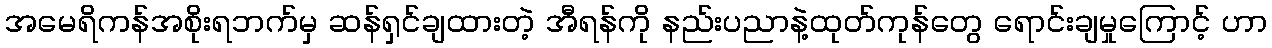
အမေရိကန်အစိုးရဘက်မှ ဆန်ရှင်ချထားတဲ့ အီရန်ကို နည်းပညာနဲ့ထုတ်ကုန်တွေ ရောင်းချမှုကြောင့် ဟာ